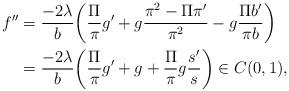
LaTeX: \begin{align*}f''&=\frac{-2\lambda}{b}\bigg(\frac{\Pi}{\pi}g'+g\frac{\pi^2-\Pi\pi'}{\pi^2} -g\frac{\Pi b'}{\pi b}\bigg)\\&=\frac{-2\lambda}{b}\bigg(\frac{\Pi}{\pi}g'+g+\frac{\Pi}{\pi}g \frac{s'}{s}\bigg)\in C(0,1),\end{align*}